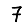
Digit: 7